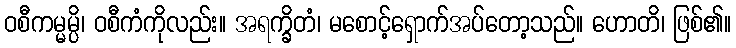
ဝစီကမ္မမ္ပိ၊ ဝစီကံကိုလည်း။ အရက္ခိတံ၊ မစောင့်ရှောက်အပ်တော့သည်။ ဟောတိ၊ ဖြစ်၏။